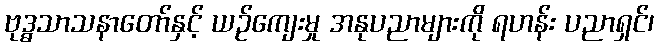
ဗုဒ္ဓသာသနာတော်နှင့် ယဉ်ကျေးမှု အနုပညာများကို ရဟန်း ပညာရှင်၊